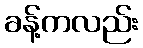
ခန့်ကလည်း